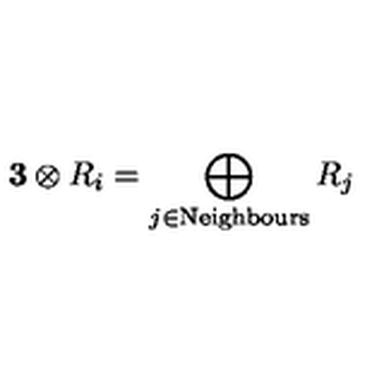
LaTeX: { \bf 3 } \otimes R _ { i } = \bigoplus _ { j \in \mathrm { N e i g h b o u r s } } R _ { j }